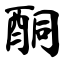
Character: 酮